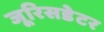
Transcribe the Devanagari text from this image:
जूरिसडेटर